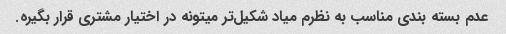
عدم بسته بندی مناسب به نظرم میاد شکیل‌تر میتونه در اختیار مشتری قرار بگیره.